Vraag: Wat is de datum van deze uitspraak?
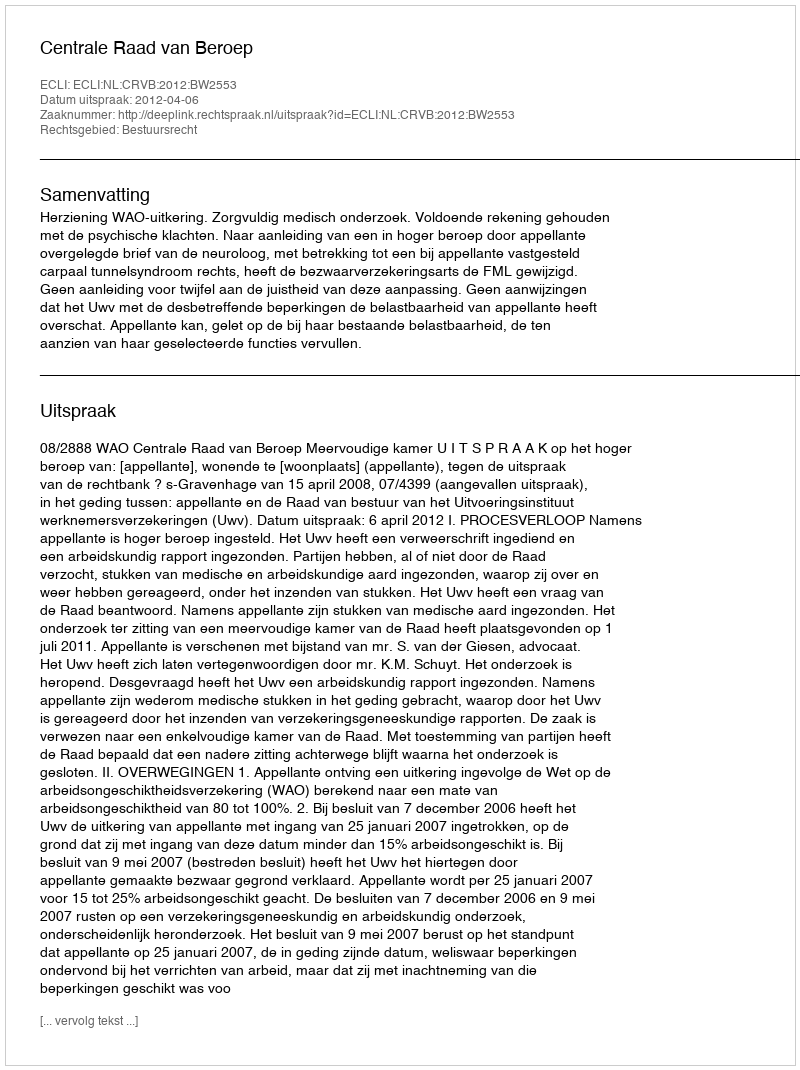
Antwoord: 2012-04-06